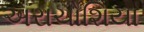
અરાચોશિયા